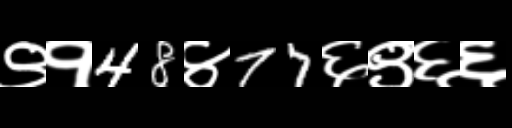
Text: ९१48४77६९६६